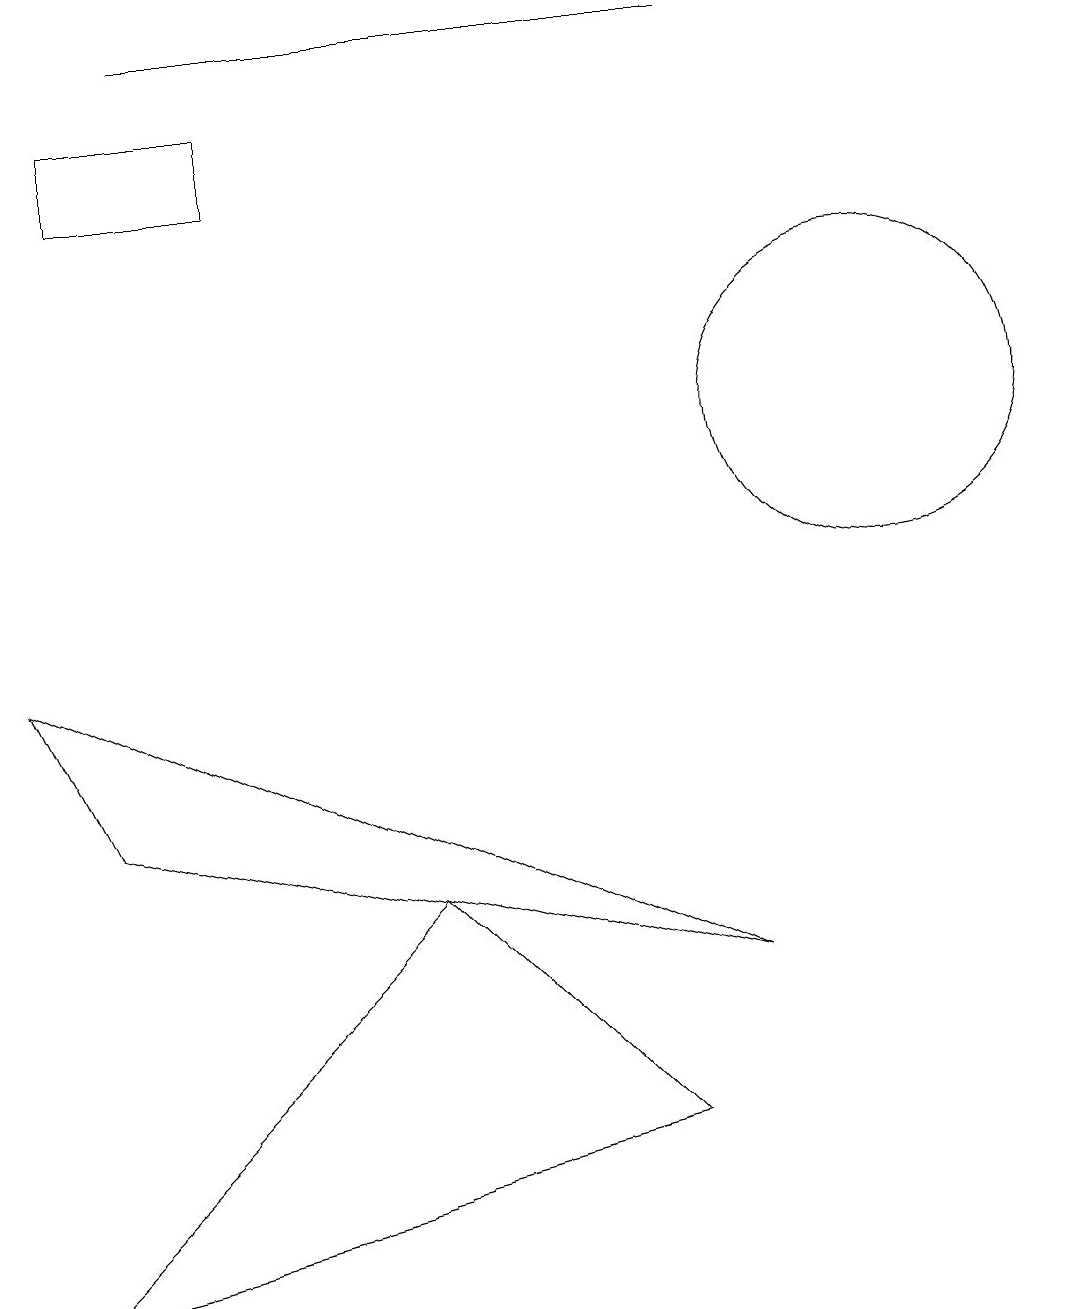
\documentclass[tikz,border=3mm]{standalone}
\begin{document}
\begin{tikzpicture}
\draw (3,14) rectangle (1,15);
\draw (9,16) rectangle (2,16);
\draw (5,5) -- (8,2) -- (0,0) -- cycle;
\draw (11,11) circle (2);
\draw (9,4) -- (0,8) -- (1,6) -- cycle;
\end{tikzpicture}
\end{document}